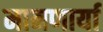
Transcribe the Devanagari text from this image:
मानणार्या